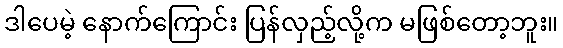
ဒါပေမဲ့ နောက်ကြောင်း ပြန်လှည့်လို့က မဖြစ်တော့ဘူး။